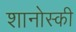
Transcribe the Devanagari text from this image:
शानोस्की